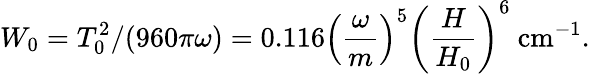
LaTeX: \displaystyle{W_{0}=T_{0}^{2}/(960\pi\omega)}=0.116\left(\frac{\omega}{m}\right)^{5}\left(\frac{H}{H_{0}}\right)^{6}~\mathrm{cm}^{-1}.